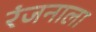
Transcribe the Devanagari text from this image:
रंजनाला